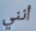
أنني